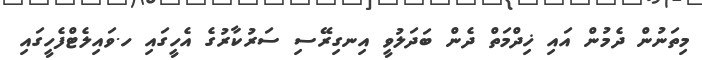
މިތަނުން ދެމުން އައި ޚިދްމަތް ދެން ބަދަލުވީ އިނގިރޭސި ސަރުކާރުގެ އެހީގައި ހ.ވައިލެޓްފެހީގައި